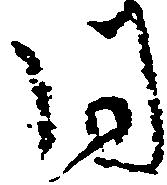
同